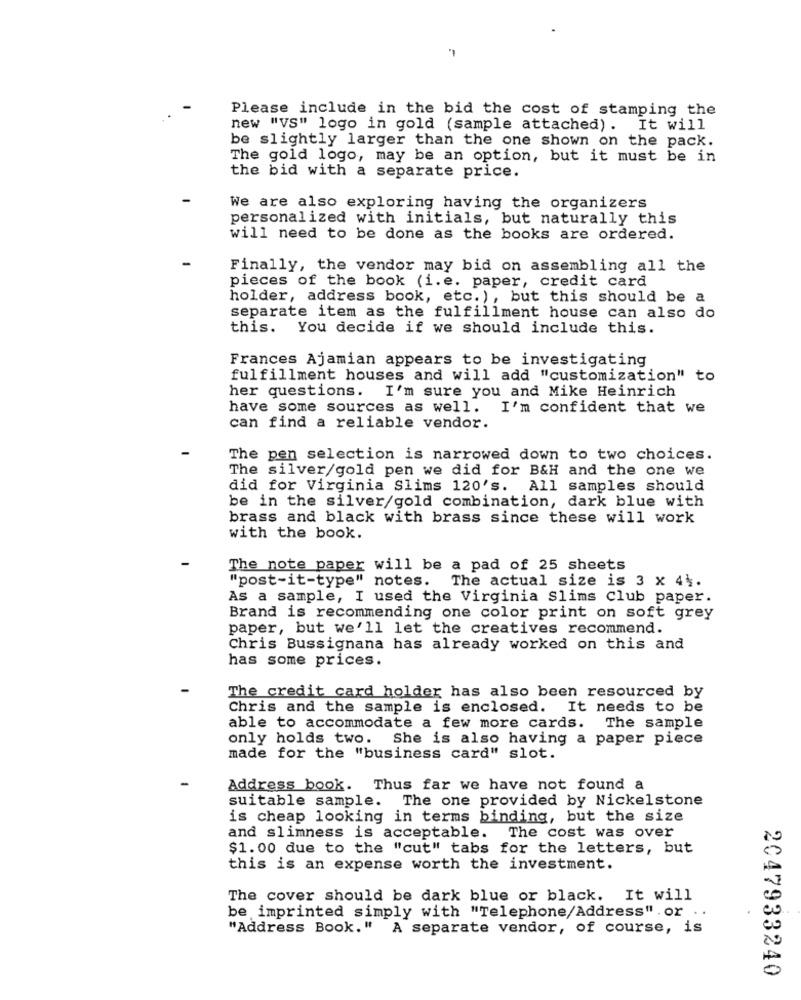
Please include in the bid the cost of stamping the
new "VS" logo in gold (sample attached) . It will
be slightly larger than the one shown on the pack.
The gold logo, may be an option, but it must be in
the bid with a separate price.
We are also exploring having the organizers
personalized with initials, but naturally this
will need to be done as the books are ordered.
Finally, the vendor may bid on assembling all the
pieces of the book (i.e. paper, credit card
holder, address book, etc. ) , but this should be a
separate item as the fulfillment house can also do
this. You decide if we should include this.
Frances Ajamian appears to be investigating
fulfillment houses and will add "customization" to
I'm sure you and Mike Heinrich
her questions.
have some sources as well.
I'm confident that we
can find a reliable vendor.
The pen selection is narrowed down to two choices.
The silver/gold pen we did for B&H and the one we
did for Virginia Slims 120's. All samples should
be in the silver/gold combination, dark blue with
brass and black with brass since these will work
with the book.
The note paper will be a pad of 25 sheets
"post-it-type" notes. The actual size is 3 x 41.
As a sample, I used the Virginia Slims Club paper.
Brand is recommending one color print on soft grey
paper, but we'll let the creatives recommend.
Chris Bussignana has already worked on this and
has some prices.
The credit card holder has also been resourced by
Chris and the sample is enclosed.
It needs to be
able to accommodate a few more cards. The sample
only holds two.
She is also having a paper piece
made for the "business card" slot.
Address book. Thus far we have not found a
suitable sample. The one provided by Nickelstone
is cheap looking in terms binding, but the size
and slimness is acceptable.
The cost was over
$1.00 due to the "cut" tabs for the letters, but
this is an expense worth the investment.
The cover should be dark blue or black. It will
be imprinted simply with "Telephone/Address" . or . .
"Address Book." A separate vendor, of course, is
2047933240